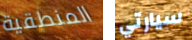
المنطقية سيارتي